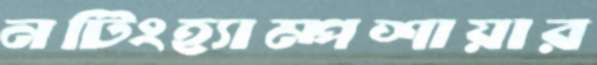
নটিংহ্যাম্পশায়ার